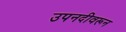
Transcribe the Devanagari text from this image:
उपनदीवरून